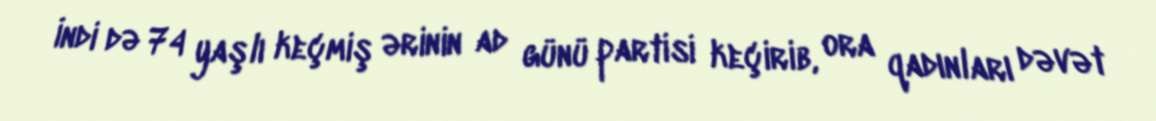
İndi də 74 yaşlı keçmiş ərinin ad günü partisi keçirib, ora qadınları dəvət